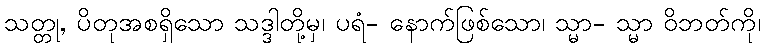
သတ္တု, ပိတုအစရှိသော သဒ္ဒါတို့မှ၊ ပရံ- နောက်ဖြစ်သော၊ သ္မာ- သ္မာ ဝိဘတ်ကို၊